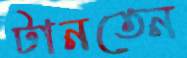
টানতেন